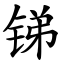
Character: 锑